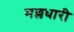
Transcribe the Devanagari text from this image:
मल्लधारी